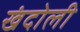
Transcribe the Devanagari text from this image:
खंदोली